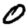
Digit: 0